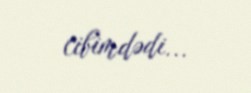
cibimdədi...